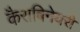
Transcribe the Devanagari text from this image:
कैराबिनेयरी